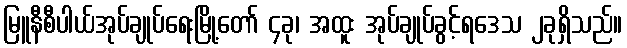
မြူနီစီပါယ်အုပ်ချုပ်ရေးမြို့တော် ၄ခု၊ အထူး အုပ်ချုပ်ခွင့်ရဒေသ ၂ခုရှိသည်။